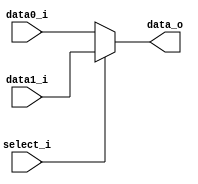
//Subject:     CO project 2 - MUX 221
//--------------------------------------------------------------------------------
//Version:     1
//--------------------------------------------------------------------------------
//Writer:      110550148
//----------------------------------------------
//Date:        05/01
//----------------------------------------------
//Description: 
//--------------------------------------------------------------------------------
     
module MUX_2to1(
               data0_i,
               data1_i,
               select_i,
               data_o
               );

parameter size = 0;			   
			
//I/O ports               
input   [size-1:0] data0_i;          
input   [size-1:0] data1_i;
input              select_i;
output  [size-1:0] data_o; 

//Internal Signals
reg     [size-1:0] data_o;

//Main function
always @(*) begin
    if (select_i == 0) begin
        data_o <= data0_i;
    end
    else begin
        data_o <= data1_i;
    end
end

endmodule